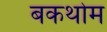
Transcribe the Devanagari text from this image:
बकथोम